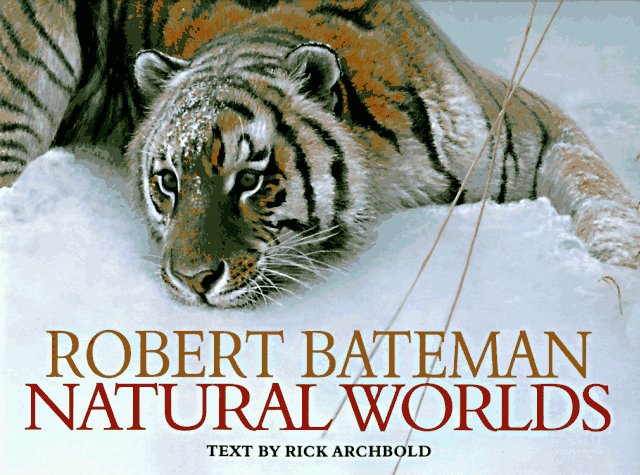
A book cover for Natural Worlds; Robert Bateman; Crafts, Hobbies & Home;